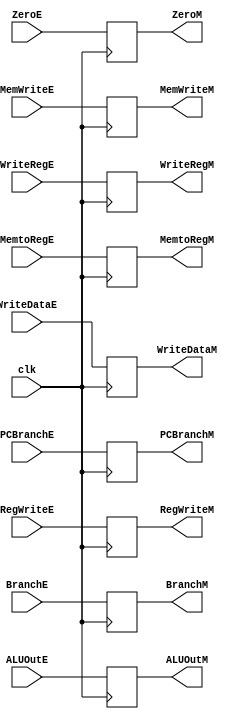
module latch_c(
    input           clk,

    input           RegWriteE,
    input           MemtoRegE,
    input           MemWriteE,
    input           BranchE,
    input           ZeroE,
    input   [31:0]  ALUOutE,
    input   [31:0]  WriteDataE,
    input   [4:0]   WriteRegE,
    input   [31:0]  PCBranchE,

    output  reg         RegWriteM,
    output  reg         MemtoRegM,
    output  reg         MemWriteM,
    output  reg         BranchM,
    output  reg         ZeroM,
    output  reg [31:0]  ALUOutM,
    output  reg [31:0]  WriteDataM,
    output  reg [4:0]   WriteRegM,
    output  reg [31:0]  PCBranchM
);

always @(posedge clk)begin
    RegWriteM <= RegWriteE;
    MemtoRegM <= MemtoRegE;
    MemWriteM <= MemWriteE;
    BranchM <= BranchE;
    ZeroM <= ZeroE;
    ALUOutM <= ALUOutE;
    WriteDataM <= WriteDataE;
    WriteRegM <= WriteRegE;
    PCBranchM <= PCBranchE;
end

endmodule